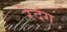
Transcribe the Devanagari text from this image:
रेदंग